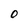
Character: O